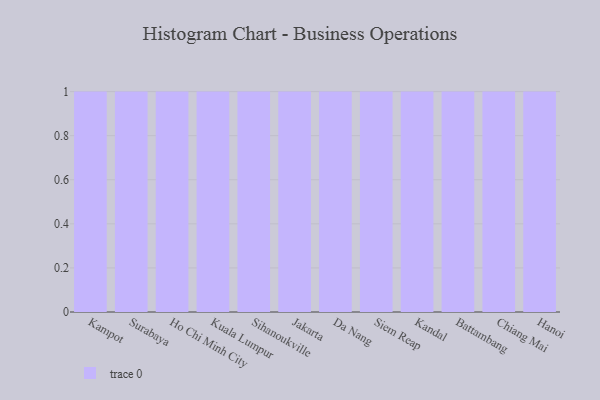
{"axis": {"x": "City", "y": "Headcount"}, "legend": [""], "data": [{"x": "Kampot", "y": 85, "type": ""}, {"x": "Surabaya", "y": 46, "type": ""}, {"x": "Ho Chi Minh City", "y": 75, "type": ""}, {"x": "Kuala Lumpur", "y": 58, "type": ""}, {"x": "Sihanoukville", "y": 19, "type": ""}, {"x": "Jakarta", "y": 42, "type": ""}, {"x": "Da Nang", "y": 82, "type": ""}, {"x": "Siem Reap", "y": 84, "type": ""}, {"x": "Kandal", "y": 25, "type": ""}, {"x": "Battambang", "y": 62, "type": ""}, {"x": "Chiang Mai", "y": 76, "type": ""}, {"x": "Hanoi", "y": 60, "type": ""}]}